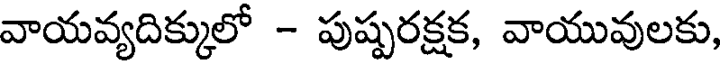
వాయవ్యదిక్కులో - పుష్పరక్షక, వాయువులకు,